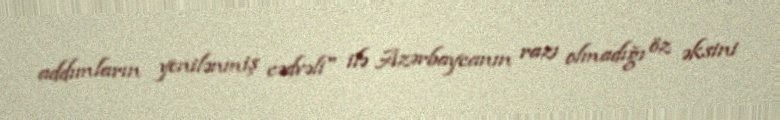
addımların yenilənmiş cədvəli" ilə Azərbaycanın razı olmadığı öz əksini